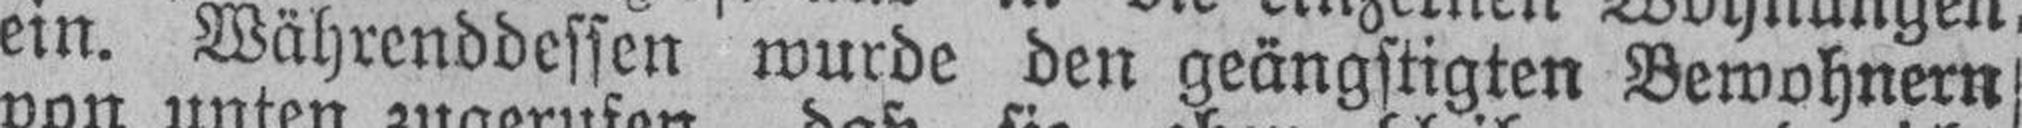
ein. Währenddessen wurde den geängstigten Bewohnern